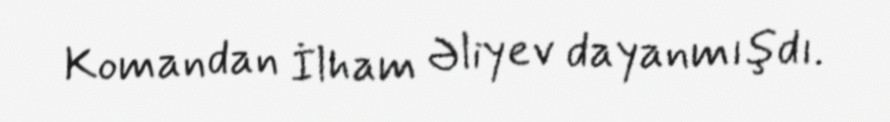
Komandan İlham Əliyev dayanmışdı.